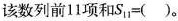
该数列前11项和$$S_{11}=( )$$.